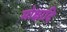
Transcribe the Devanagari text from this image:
मोक्षादि